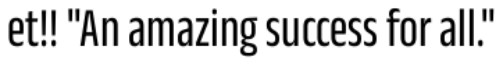
et!! "An amazing success for all."